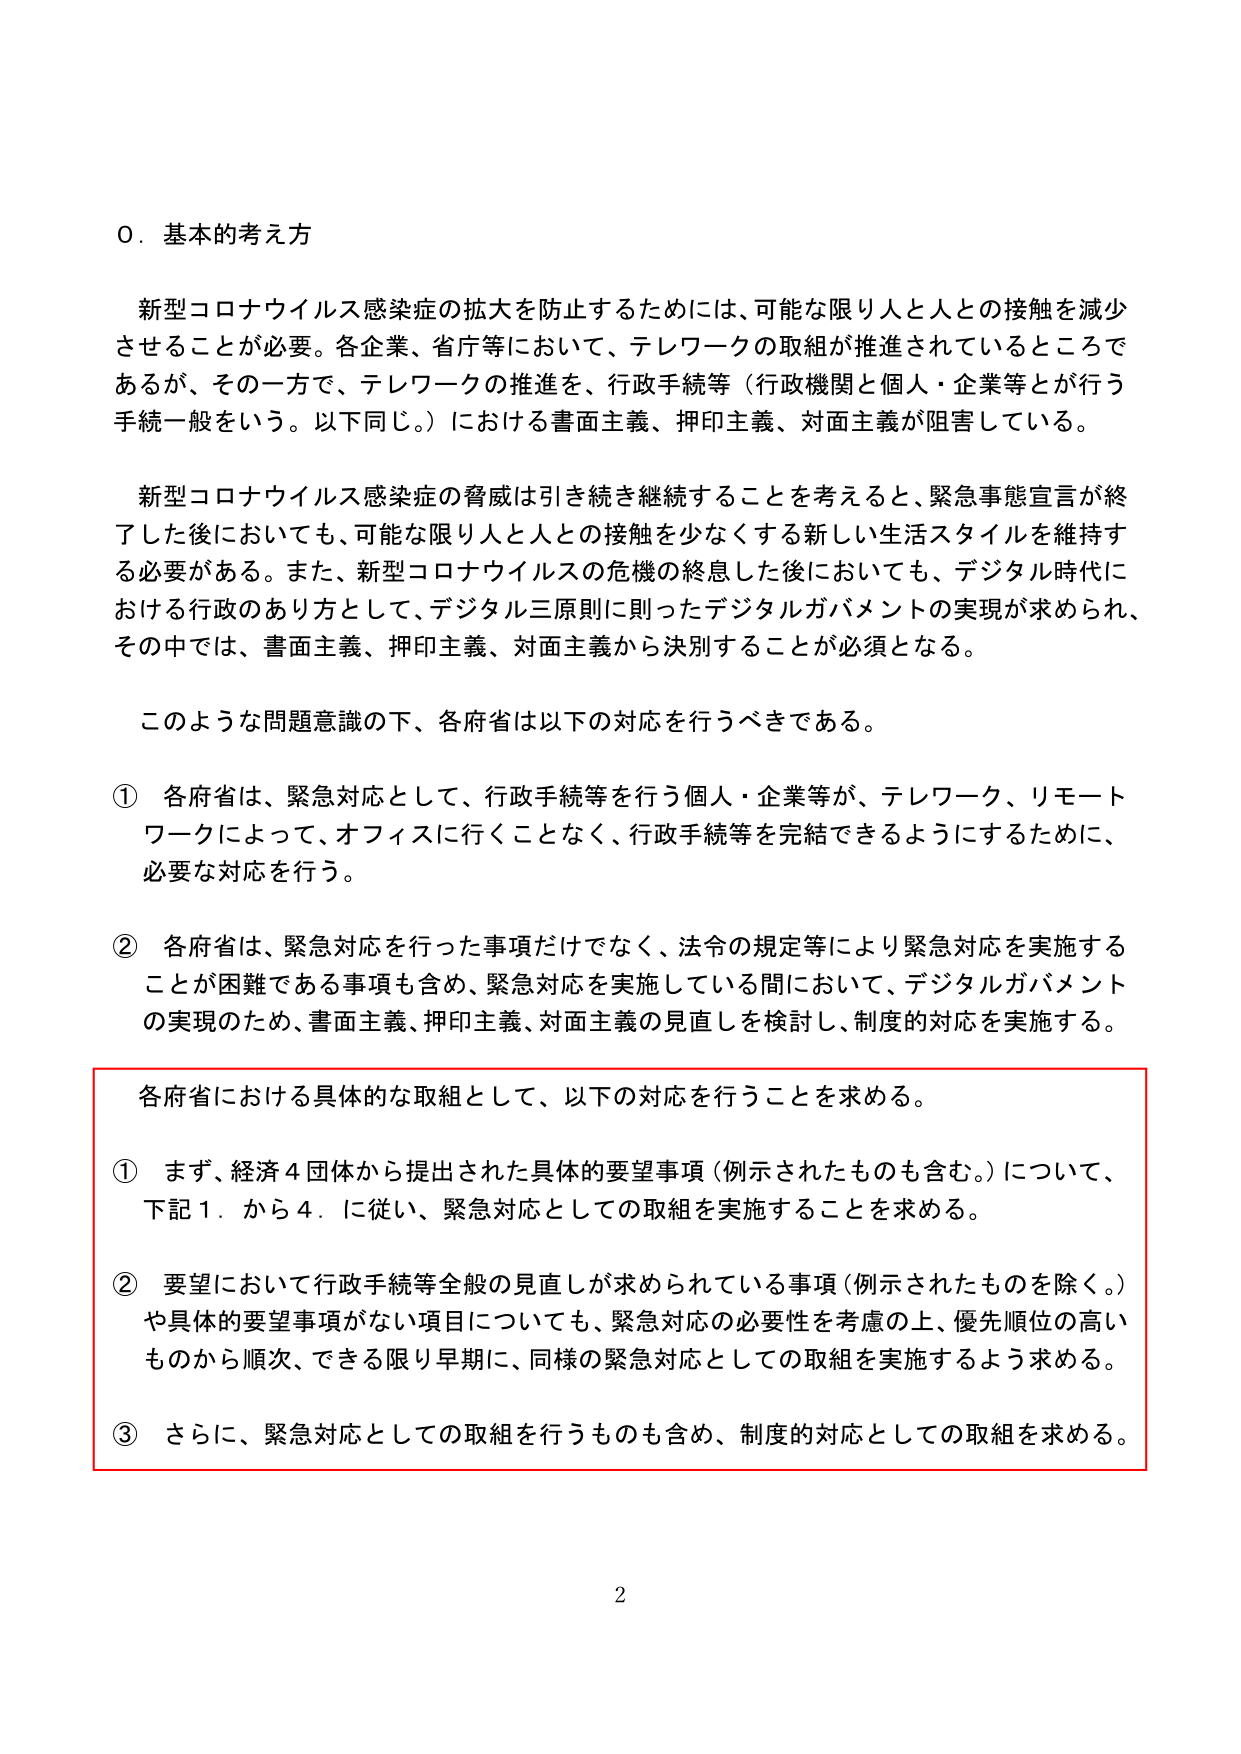
0. 基本的考え方

新型コロナウイルス感染症の拡大を防止するためには、可能な限り人と人との接触を減少させることが必要。各企業、省庁等において、テレワークの取組が推進されているところであるが、その一方で、テレワークの推進を、行政手続等（行政機関と個人・企業等とが行う手続一般をいう。以下同じ。）における書面主義、押印主義、対面主義が阻害している。

新型コロナウイルス感染症の脅威は引き続き継続することを考えると、緊急事態宣言が終了した後においても、可能な限り人と人との接触を少なくする新しい生活スタイルを維持する必要がある。また、新型コロナウイルスの危機の終息した後においても、デジタル時代における行政のあり方として、デジタル三原則に則ったデジタルガバメントの実現が求められ、その中では、書面主義、押印主義、対面主義から決別することが必須となる。

このような問題意識の下、各府省は以下の対応を行うべきである。

① 各府省は、緊急対応として、行政手続等を行う個人・企業等が、テレワーク、リモートワークによって、オフィスに行くことなく、行政手続等を完結できるようにするために、必要な対応を行う。

② 各府省は、緊急対応を行った事項だけでなく、法令の規定等により緊急対応を実施することが困難である事項も含め、緊急対応を実施している間において、デジタルガバメントの実現のため、書面主義、押印主義、対面主義の見直しを検討し、制度的対応を実施する。

各府省における具体的な取組として、以下の対応を行うことを求める。

① まず、経済４団体から提出された具体的要望事項（例示されたものも含む。）について、下記１．から４．に従い、緊急対応としての取組を実施することを求める。

② 要望において行政手続等全般の見直しが求められている事項（例示されたものを除く。）や具体的要望事項がない項目についても、緊急対応の必要性を考慮の上、優先順位の高いものから順次、できる限り早期に、同様の緊急対応としての取組を実施するよう求める。

③ さらに、緊急対応としての取組を行うものも含め、制度的対応としての取組を求める。

2